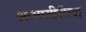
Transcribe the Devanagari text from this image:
आभासीरीत्या